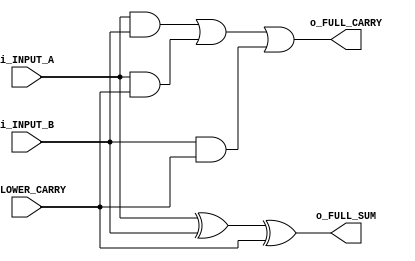
module FULL_ADDER_1_BIT(
 input i_INPUT_A,
 input i_INPUT_B,
 input i_LOWER_CARRY,
 output o_FULL_CARRY,
 output o_FULL_SUM
);


assign o_FULL_SUM = (i_INPUT_A ^ i_INPUT_B) ^ i_LOWER_CARRY;
assign o_FULL_CARRY = (i_INPUT_A & i_INPUT_B) | (i_INPUT_A & i_LOWER_CARRY) | (i_INPUT_B & i_LOWER_CARRY);

endmodule